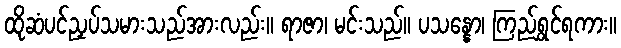
ထိုဆံပင်ညှပ်သမားသည်အားလည်း။ ရာဇာ၊ မင်းသည်။ ပသန္နော၊ ကြည်ရွှင်ရကား။